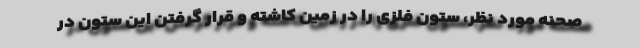
صحنه مورد نظر، ستون فلزی را در زمین کاشته و قرار گرفتن این ستون در